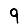
Digit: 9